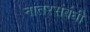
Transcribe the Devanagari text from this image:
नातरसंबंधी